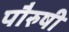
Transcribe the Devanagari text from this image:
पौरुषी